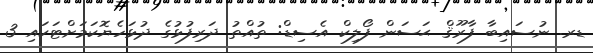
ޑރ. ނުސައިބާ ފާރޫޤް ޙަސަން ފޯލިކް އެސިޑް: ތުއްތު ދަރިފުޅުގެ ދުޅަހެޔޮކަމަށްޓަކައި 3